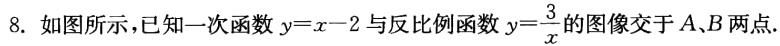
8. 如图所示，已知一次函数\(y = x - 2\)与反比例函数\(y=\frac{3}{x}\)的图像交于\(A、B\)两点.